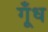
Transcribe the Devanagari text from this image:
गूँध